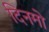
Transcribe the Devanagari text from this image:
दिनमो